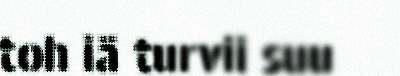
toh iä turvii suu